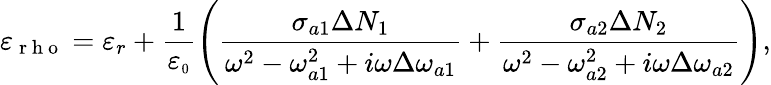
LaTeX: \varepsilon_{\mathrm{~r~h~o~}}=\varepsilon_{r}+\frac{1}{\varepsilon_{\scriptscriptstyle 0}}\left(\frac{\sigma_{a1}\Delta N_{1}}{\omega^{2}-\omega_{a1}^{2}+i\omega\Delta\omega_{a1}}+\frac{\sigma_{a2}\Delta N_{2}}{\omega^{2}-\omega_{a2}^{2}+i\omega\Delta\omega_{a2}}\right),